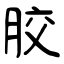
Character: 胶